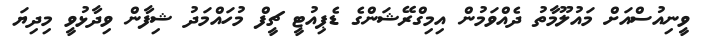
ވީނިއުސްއަށް މައުލޫމާތު ދެއްވަމުން އިމިގްރޭޝަންގެ ޑެޕިއުޓީ ޗީފް މުހައްމަދު ޝިފާން ވިދާޅުވީ މިދިޔަ